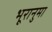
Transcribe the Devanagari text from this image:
भूरानुमा